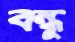
বন্ধু